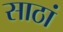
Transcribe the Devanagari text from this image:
साठां